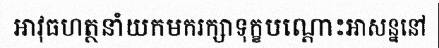
អាវុធហត្ថនាំយកមករក្សាទុក្ខបណ្តោះអាសន្ននៅ